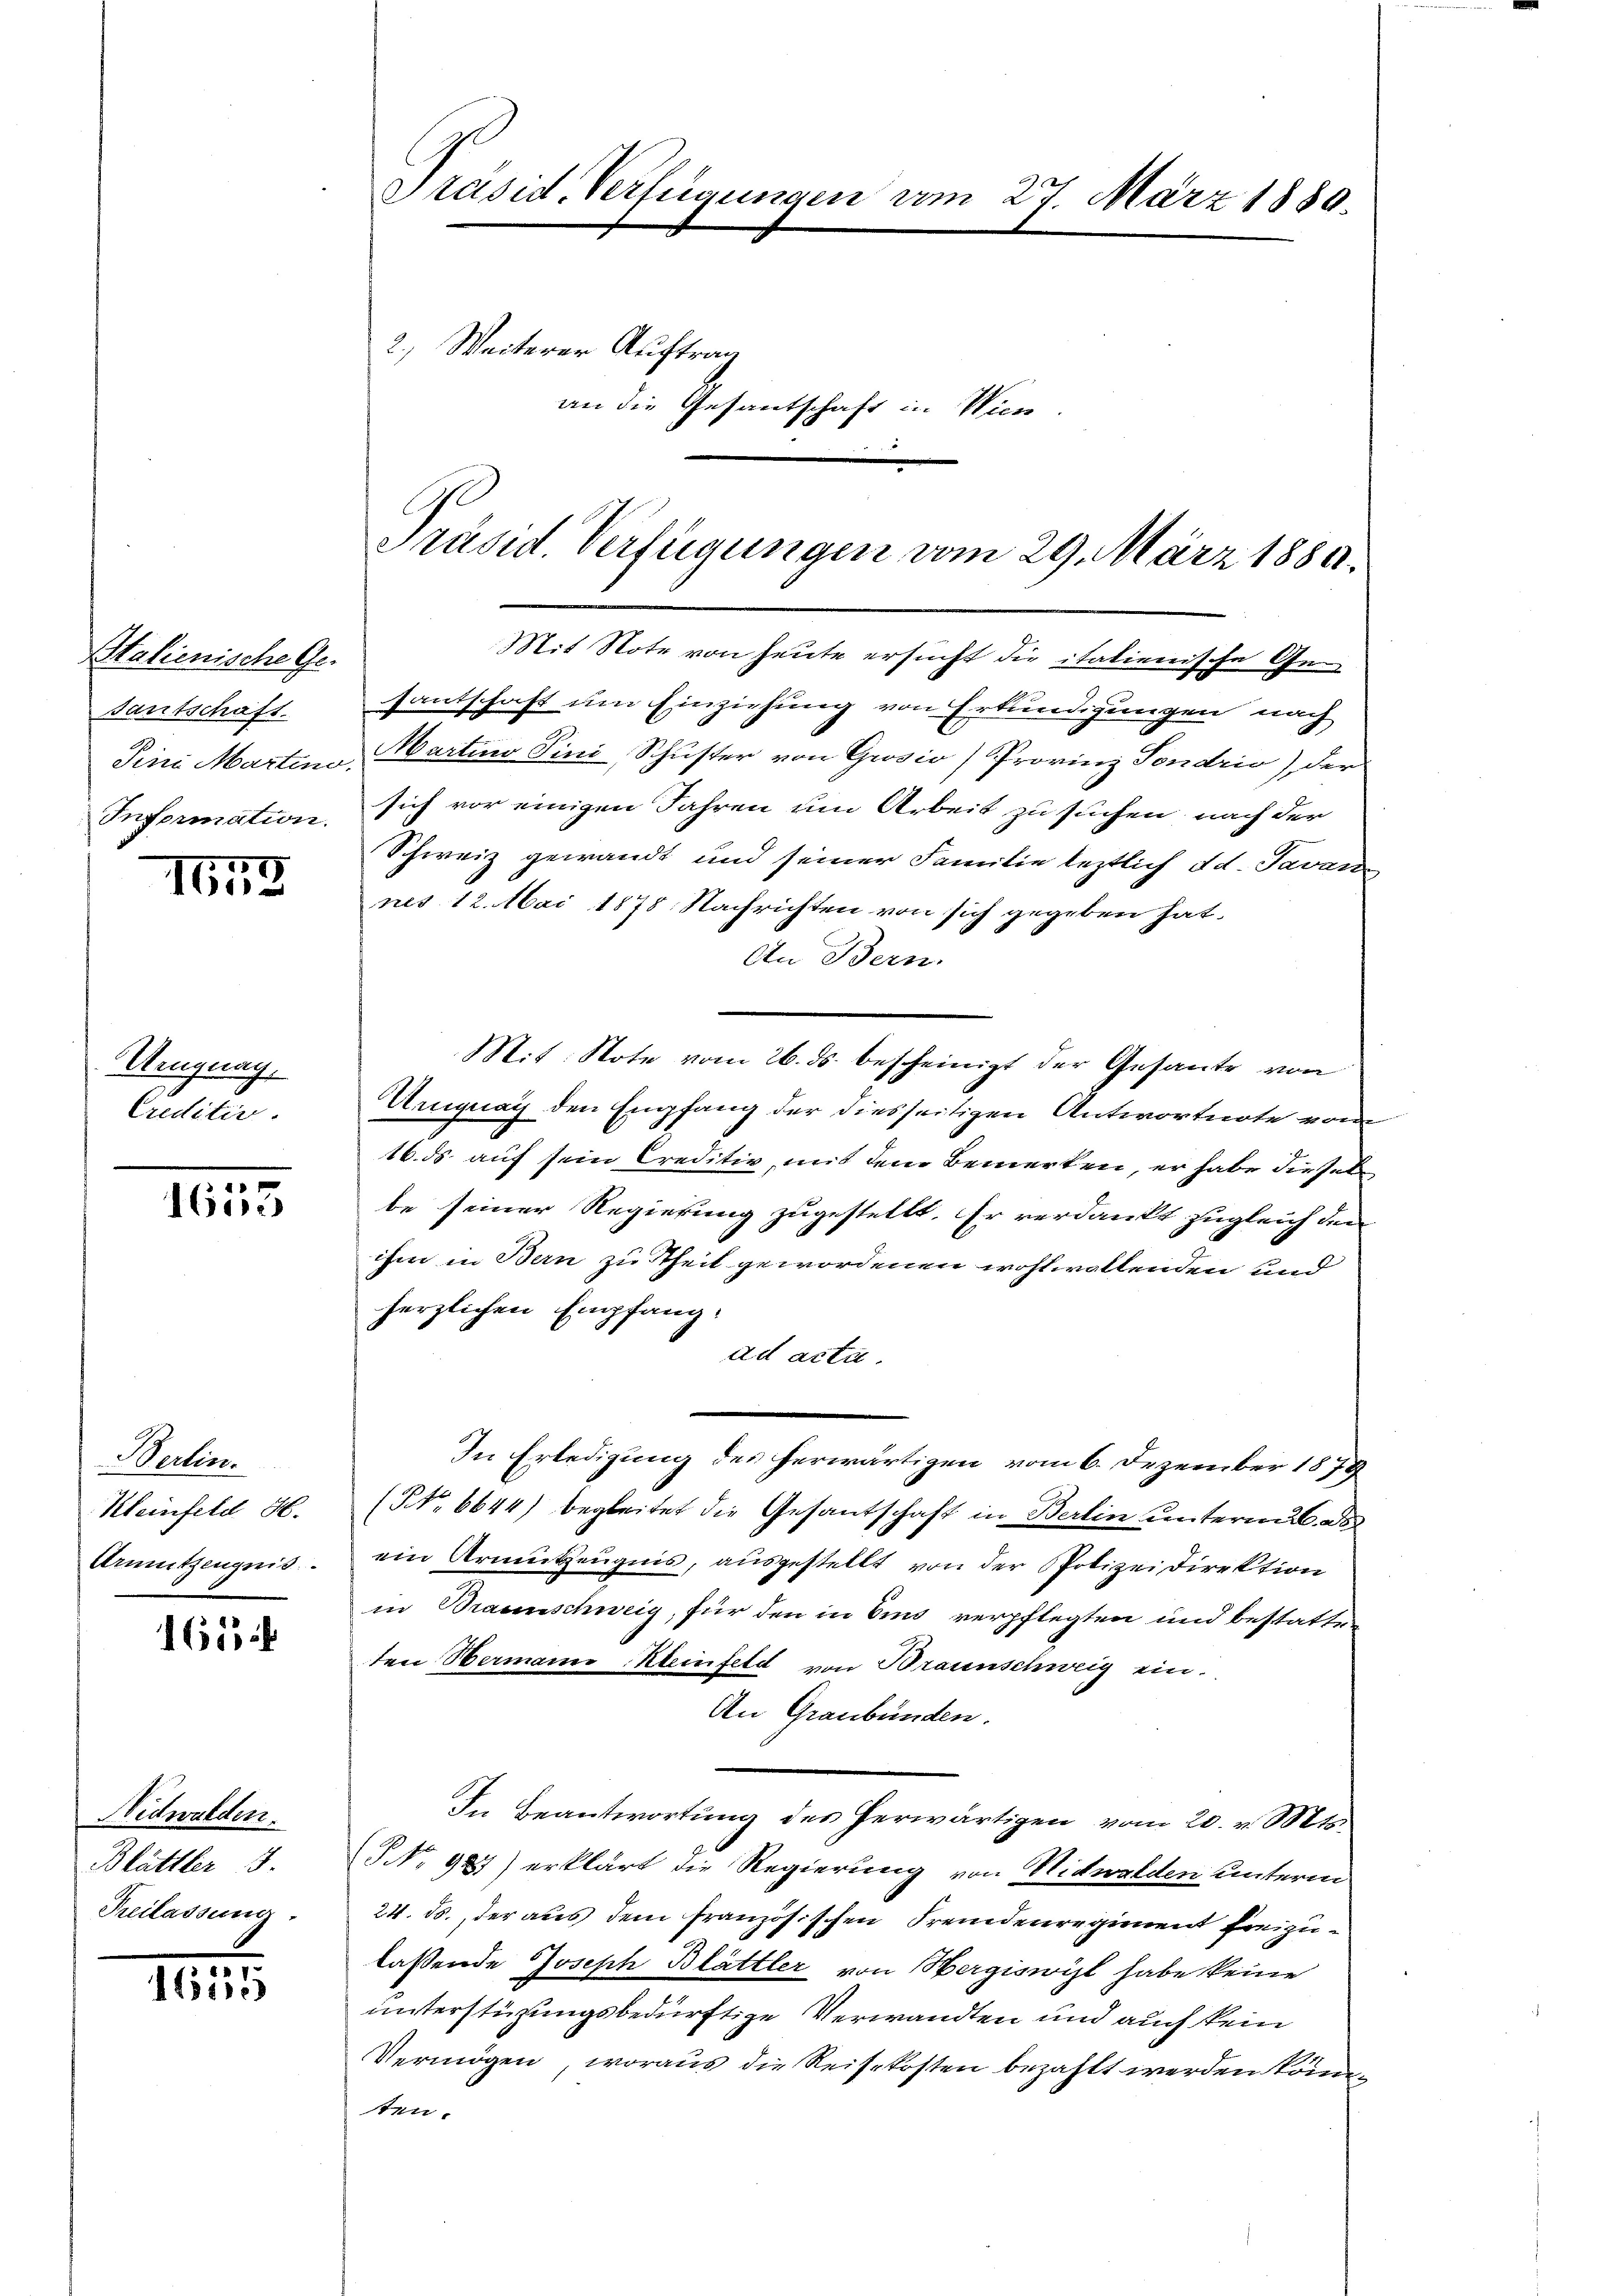
Italienische Ge-
santschaft.
Information.

165

Ungnag
Creditio

1653

Berlin.
Kleinfeld H.
Armutzeugnis.

1613

Nidwalden.
Blättler 3.
Reilassung.

1615

Präsid. Verfügungen am 27. März 1880.
2.) Weiterer Auftrag
an die Gesantschaft in Wien

Präsid. Verfügungen vom 29. März 1889.

Mit Note von heute ersucht die italienische Gesantschaft um Einziehung von Erkundigungen nach
Sini Martina Martino Pini, Schuster von Grosio (Provinz Sondrio), der
sich vor einigen Jahren um Arbeit zu suchen, nach der
Schweiz gewandt und seiner Familie leztlich d d. Savarde
nes 12. Mai 1878 Nachrichten von sich gegeben hat.
An Bern.
Mit Note vom 26. ds. bescheinigt der Gesante von
Ungnau den Empfang der diesseitigen Antwortnote vom
16. ds. auf sein Creditiv mit dem Bemerken, er habe dieselbe seiner Regierung zugestellt. Er verdankt zugleich den
ihm in Bern zu Theil gewordenen wohlwollenden und
herzlichen Empfang.
ad acta.
In Erledigung des herwärtigen vom 6. Dezember 1872
(No 6644) begleitet die Gesantschaft in Berlin untermal ab
ein Armutzeugnis, ausgestellt von der Polizeidirektion
in Braunschweig, für den in Sind verpflegten und bestatteten Hermann Kleinfeld von Braunschweig ein.
An Graubünden.
In Beantwortung des herwärtigen vom 20. v. Mts.
NNo 987) erklärt die Regierung von Nidwalden unterm
24. ds., der aus dem französischen Fremdenregiment freizulassende Joseph Blättler von Hergiswil habe keine
unterstüzungsbedürftige Verwandten und auch kein
Vermögen, woraus die Reisekosten bezahlt werden könnten.